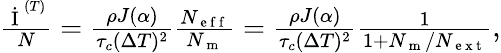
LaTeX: \begin{array}{r}{\frac{\dot{\mathrm{~I~}}^{(T)}}{N}=\frac{\rho J(\alpha)}{\tau_{c}(\Delta T)^{2}}\frac{N_{\mathrm{~e~f~f~}}}{N_{\mathrm{~m~}}}=\frac{\rho J(\alpha)}{\tau_{c}(\Delta T)^{2}}\frac{1}{1+N_{\mathrm{~m~}}/N_{\mathrm{~e~x~t~}}},}\end{array}